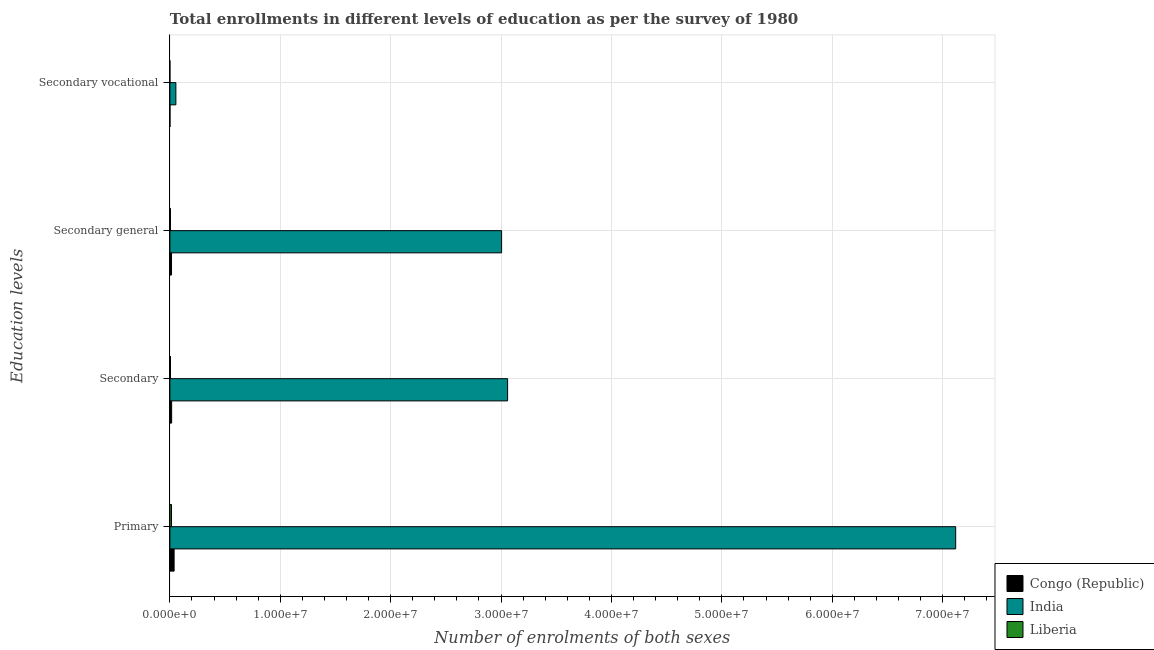
| Education levels | Congo (Republic) | India | Liberia |
 | --- | --- | --- | --- |
 | Primary | 3.83e+05 | 7.12e+07 | 1.47e+05 |
 | Secondary | 1.59e+05 | 3.06e+07 | 5.46e+04 |
 | Secondary general | 1.49e+05 | 3e+07 | 5.17e+04 |
 | Secondary vocational | 1.04e+04 | 5.44e+05 | 2.96e+03 |